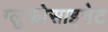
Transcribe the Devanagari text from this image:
ग्लुफोसाइनेट